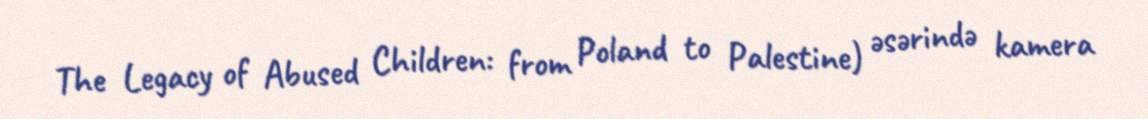
The Legacy of Abused Children: from Poland to Palestine) əsərində kamera